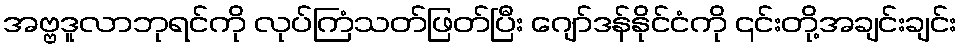
အဗ္ဗဒူလာဘုရင်ကို လုပ်ကြံသတ်ဖြတ်ပြီး ဂျော်ဒန်နိုင်ငံကို ၎င်းတို့အချင်းချင်း